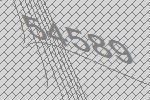
54589